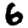
Digit: 6